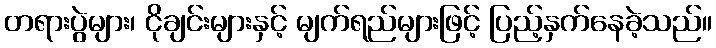
တရားပွဲများ၊ ငိုချင်းများနှင့် မျက်ရည်များဖြင့် ပြည့်နှက်နေခဲ့သည်။